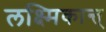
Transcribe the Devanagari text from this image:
लक्ष्मिकान्त्